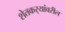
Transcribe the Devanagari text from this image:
शेतकर्‍यांवरील